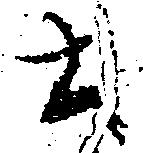
土